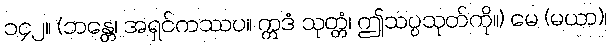
၁၄၂။ (ဘန္တေ၊ အရှင်ကဿပ။ ဣဒံ သုတ္တံ၊ ဤသပ္ပသုတ်ကို။) မေ (မယာ)၊